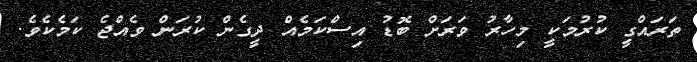
ތަރައްގީ ކުރުމަކީ މިހާރު ވަރަށް ބޮޑު އިސްކަމެއް ދީގެން ކުރަން ވެއްޖެ ކަމެކެވެ.